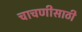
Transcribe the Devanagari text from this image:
चाचणीसाठी